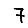
Digit: 7